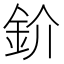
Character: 𫒌